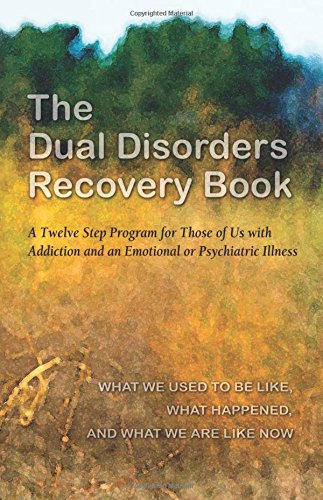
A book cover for The Dual Disorders Recovery Book: A Twelve Step Program for Those of Us with Addiction and an Emotional or Psychiatric Illness; Anonymous; Health, Fitness & Dieting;